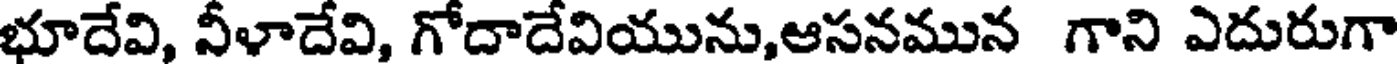
భూదేవి, నీళాదేవి, గోదాదేవియును,ఆసనమున గాని ఎదురుగా